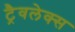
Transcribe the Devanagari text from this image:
ट्रैवलेक्स